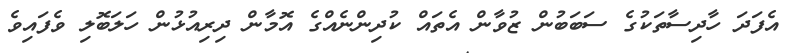
އެފަދަ ހާދިސާތަކުގެ ސަބަބުން ޒުވާން އެތައް ކުދިންނެއްގެ އޮމާން ދިރިއުޅުން ހަލަބޮލި ވެފައިވެ